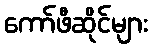
ကော်ဖီဆိုင်များ